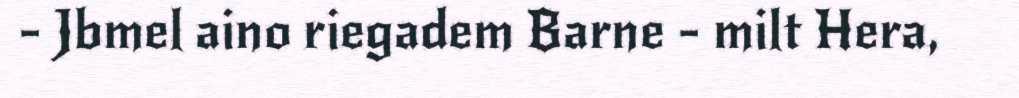
- Jbmel aino riegadem Barne - milt Hera,